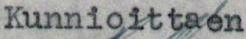
Kunnioittaen